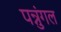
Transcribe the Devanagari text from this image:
पन्नुंगल